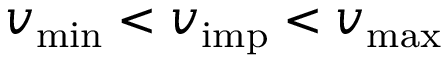
v _ { \mathrm { m i n } } < v _ { \mathrm { i m p } } < v _ { \mathrm { m a x } }